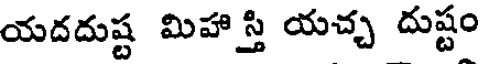
యదదుష్ట మిహాస్తి యచ్చ దుష్టం